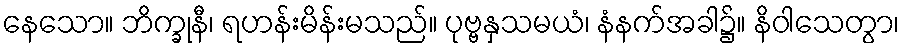
နေသော။ ဘိက္ခုနီ၊ ရဟန်းမိန်းမသည်။ ပုဗ္ဗနှသမယံ၊ နံနက်အခါ၌။ နိဝါသေတွာ၊